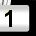
Digit: 1